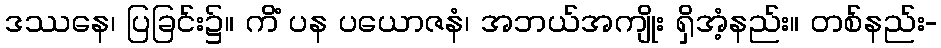
ဒဿနေ၊ ပြခြင်း၌။ ကိံ ပန ပယောဇနံ၊ အဘယ်အကျိုး ရှိအံ့နည်း။ တစ်နည်း-